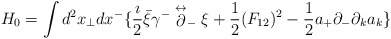
\begin{align*}H_0= \int d^2x_\perp dx^- \{ {\imath \over 2} \bar{\xi}\gamma^-\stackrel{\leftrightarrow} {\partial}_-\xi + {1 \over 2} (F_{12})^2-{1 \over 2}a_+\partial_- \partial_k a_k \}\end{align*}